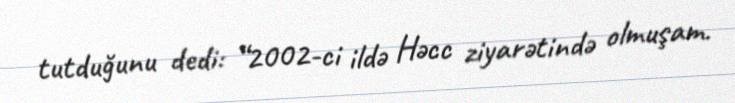
tutduğunu dedi: “2002-ci ildə Həcc ziyarətində olmuşam.